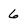
Character: 6